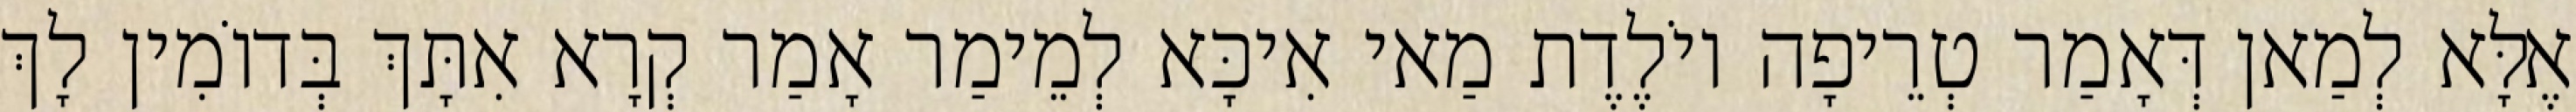
אֶלָּא לְמַאן דְּאָמַר טְרֵיפָה יוֹלֶדֶת מַאי אִיכָּא לְמֵימַר אָמַר קְרָא אִתָּךְ בְּדוֹמִין לָךְ